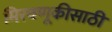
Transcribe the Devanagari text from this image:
मिरवणूकीसाठी